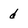
Character: d